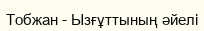
Тобжан - Ызғұттының әйелі